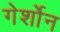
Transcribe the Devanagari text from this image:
गेर्शोन